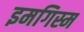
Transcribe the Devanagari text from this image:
इमगिस्म